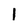
Character: 1